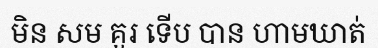
មិន សម គួរ ទើប បាន ហាមឃាត់